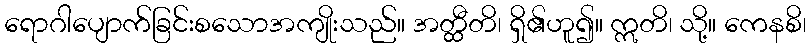
ရောဂါပျောက်ခြင်းစသောအကျိုးသည်။ အတ္ထီတိ၊ ရှိ၏ဟူ၍။ ဣတိ၊ သို့။ ကေနစိ၊